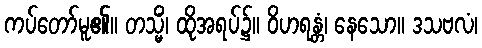
ကပ်တော်မူ၏။ တသ္မိံ၊ ထိုအရပ်၌။ ဝိဟရန္တံ၊ နေသော။ ဒသဗလံ၊